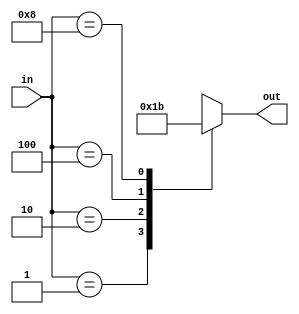
 module encoder_4_2(input [3:0] in, output reg [1:0] out);
 
 always@(*) begin
    case (in)
	   4'b0001: out = 2'b00;
	   4'b0010: out = 2'b01;
	   4'b0100: out = 2'b10;
	   4'b1000: out = 2'b11;
       default: out = 2'bxx;  
	endcase
 
 end
   
 endmodule